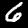
Digit: 6